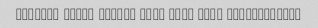
Hammmme chish aliiii bod- Ali- Ali- Khoshmazzzze